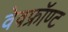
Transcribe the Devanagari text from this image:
वेवफ्रॉण्ट